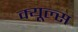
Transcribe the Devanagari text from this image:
क्‍यूल्‍स